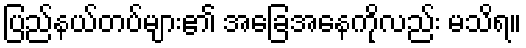
ပြည်နယ်တပ်များ၏ အခြေအနေကိုလည်း မသိရ။